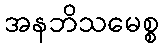
အနဘိသမေစ္စ